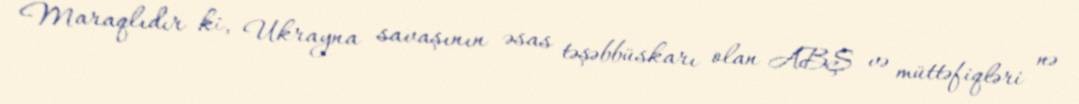
Maraqlıdır ki, Ukrayna savaşının əsas təşəbbüskarı olan ABŞ və müttəfiqləri nə